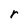
Character: r